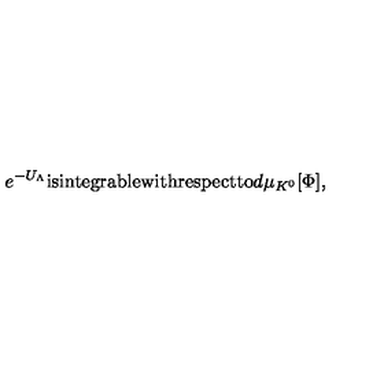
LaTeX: e ^ { - U _ { \Lambda } } \mathrm { i s i n t e g r a b l e w i t h r e s p e c t t o } d \mu _ { K ^ { 0 } } [ \Phi ] ,